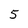
Character: 5